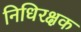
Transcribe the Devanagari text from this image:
निधिरक्षक